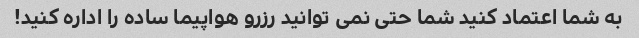
به شما اعتماد کنید شما حتی نمی توانید رزرو هواپیما ساده را اداره کنید!